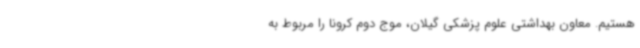
هستیم. معاون بهداشتی علوم پزشکی گیلان، موج دوم کرونا را مربوط به